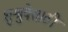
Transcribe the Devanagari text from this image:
शुश्रुषेसाठी